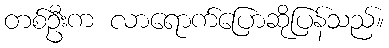
တစ်ဦးက လာရောက်ပြောဆိုပြန်သည်။